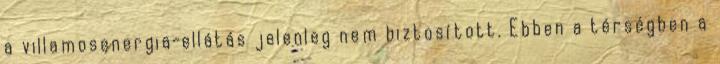
a villamosenergia-ellátás jelenleg nem biztosított. Ebben a térségben a